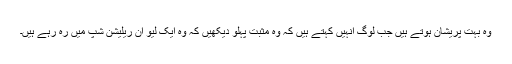
وہ بہت پریشان ہوتے ہیں جب لوگ انہیں کہتے ہیں کہ وہ مثبت پہلو دیکھیں کہ وہ ایک لیو ان ریلیشن شپ میں رہ رہے ہیں۔